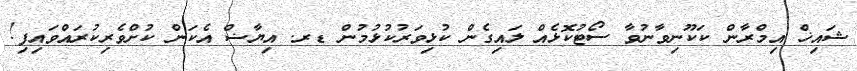
ޝައިޚް އިމްރާން ކަކޫނިވާނުވާ ސޯޓުކޮޅެއް ލައިގެން ކުޅިވަރުކުޅުމުން ޑރ. އިޔާޟް އެކަން ކުށްވެރިކުރައްވައިފި!